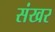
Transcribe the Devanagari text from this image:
संखर